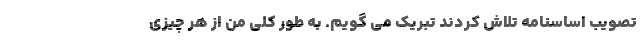
تصویب اساسنامه تلاش کردند تبریک می گویم. به طور کلی من از هر چیزی